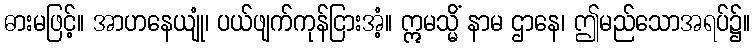
ဓားမဖြင့်။ အာဟနေယျုံ၊ ပယ်ဖျက်ကုန်ငြားအံ့။ ဣမသ္မိံ နာမ ဌာနေ၊ ဤမည်သောအရပ်၌။